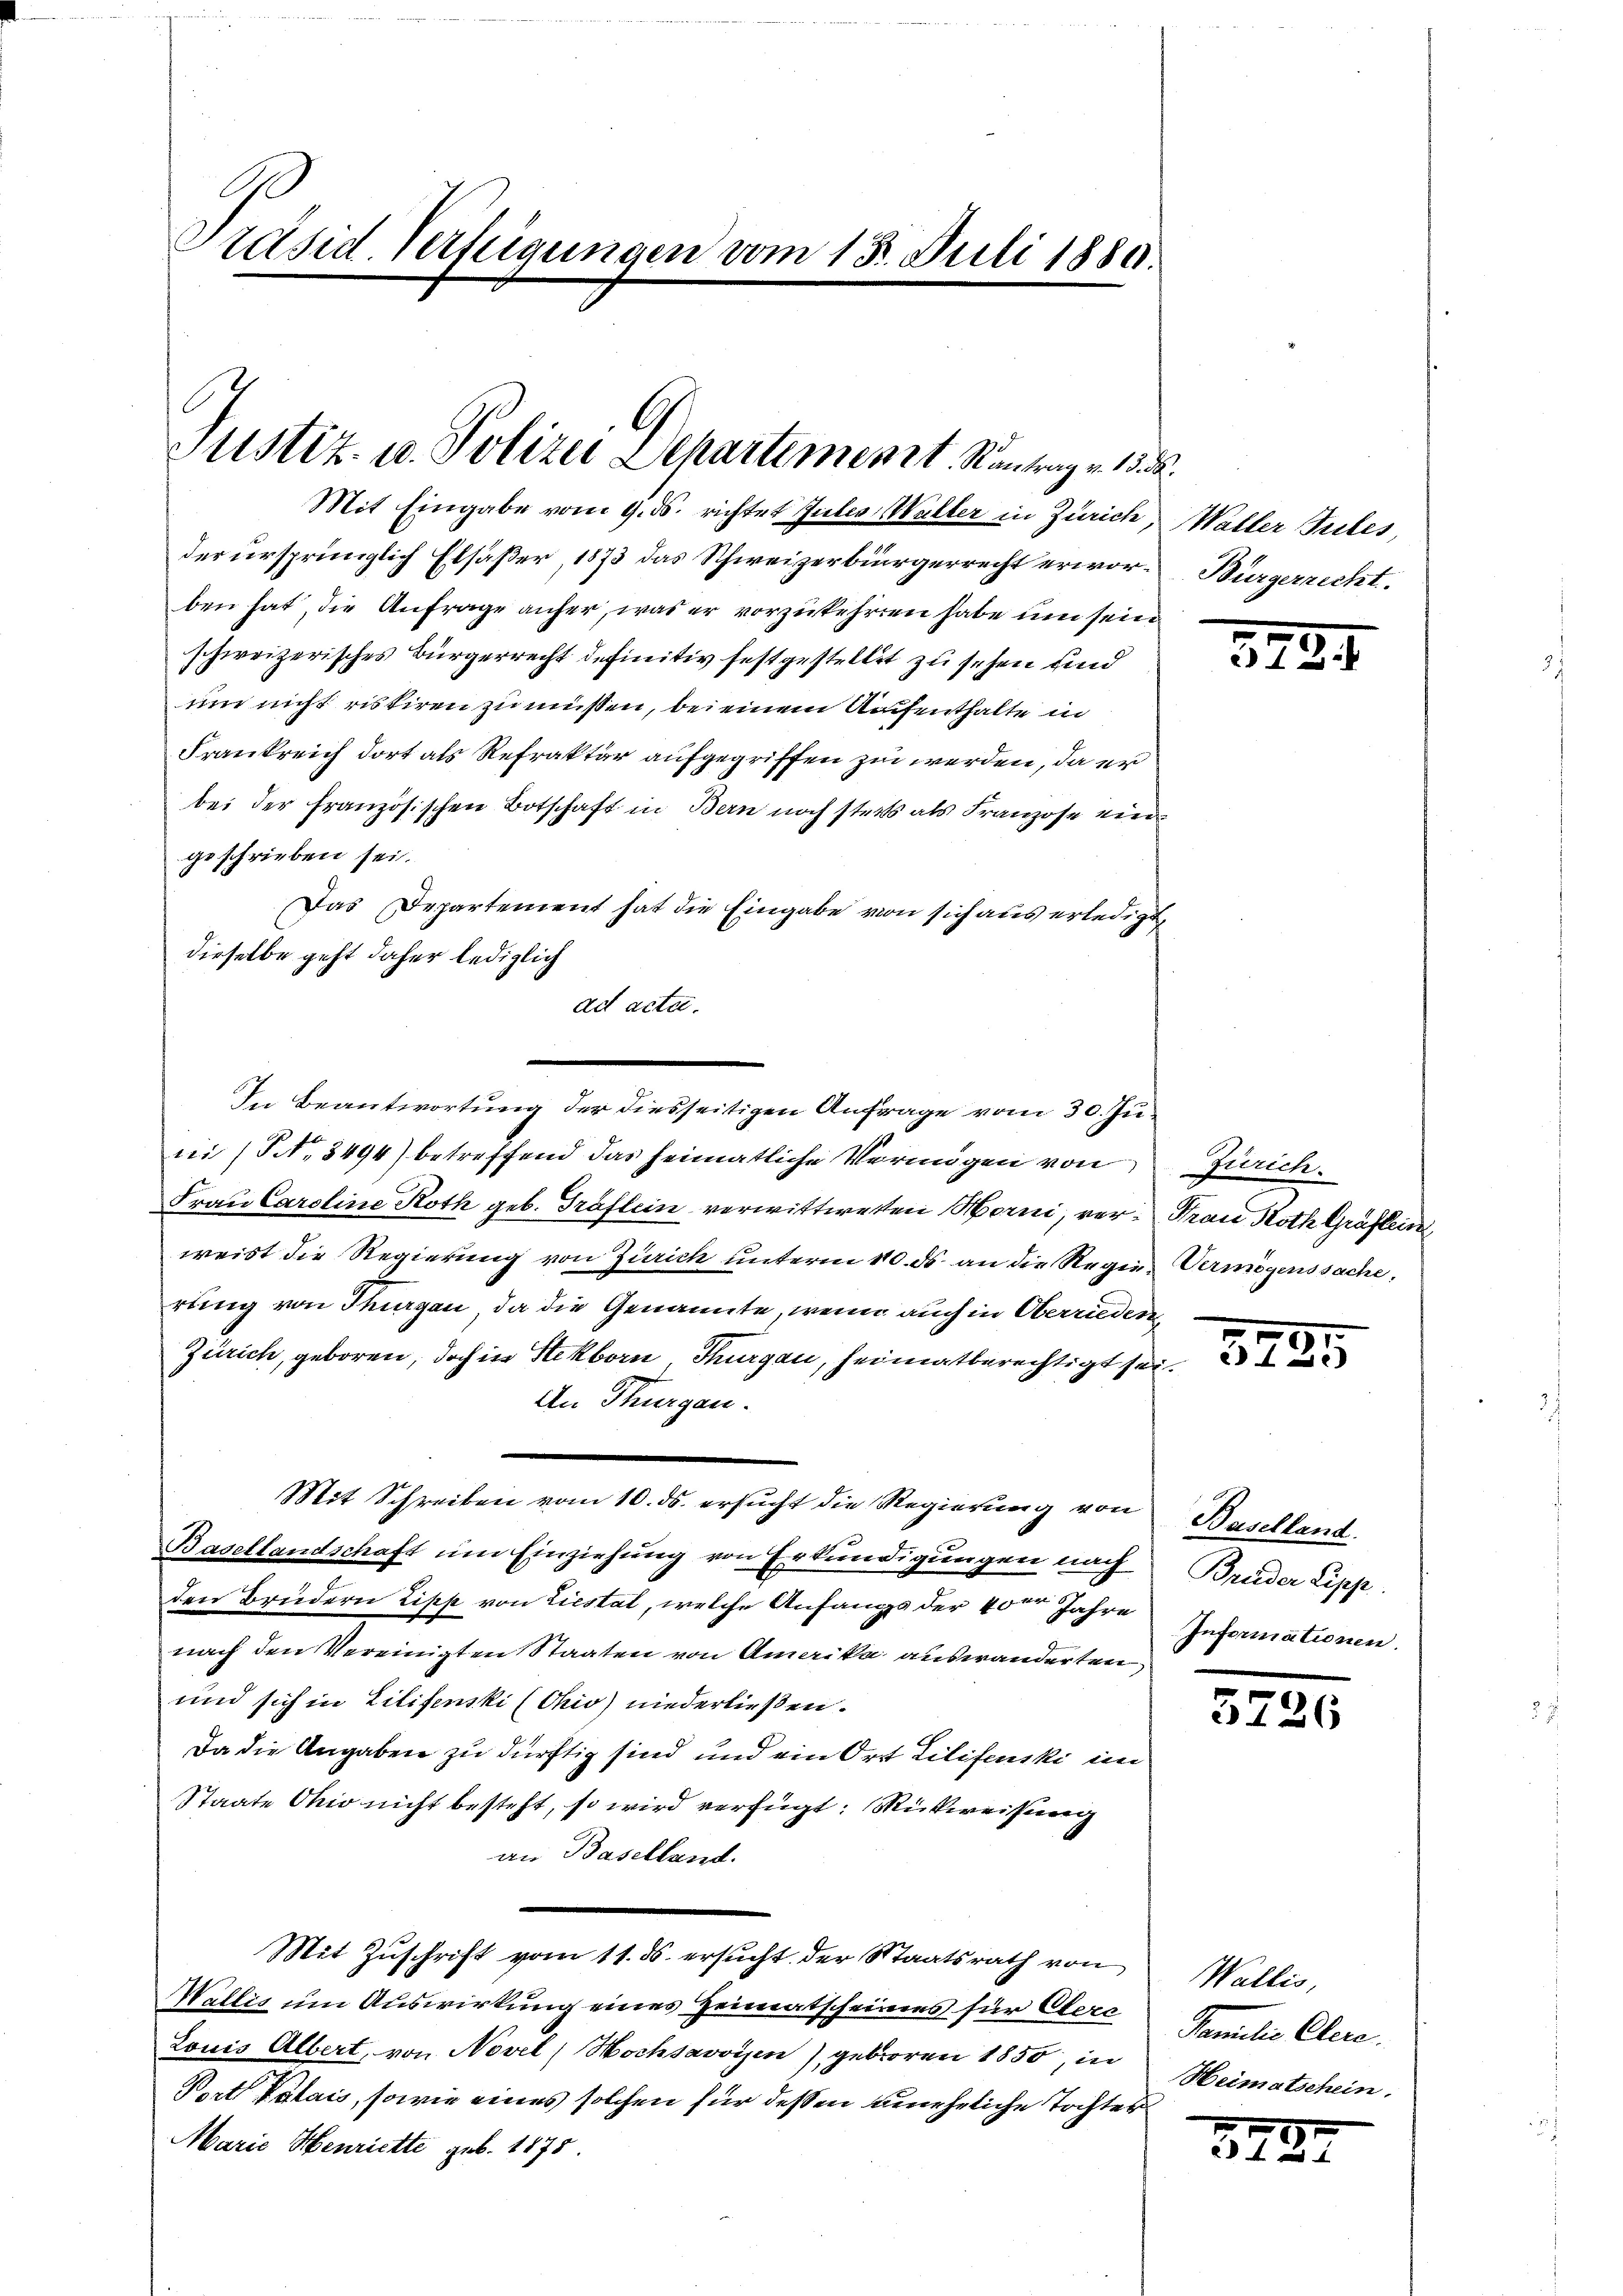
E
Präsid Verfeigungen vom 13. Juli 1889.

G
Justiz- u. Polizei Departiment. Kantrag v. 13. d.

Mit Eingabe vom 9. ds. richtet Julio, Walter in Zürich,
der ursprünglich Elsäßer, 1873 das Schweizerbürgerrecht erworben hat, die Anfrage anfer, was er vorzukehrten habe um sein
schweizerisches Bürgerrecht definitiv festgestellet zu sehen und
um nicht riskiren zu müssen, bei einem Aufenthalte in
Frankreich dort als Refrakter aufgegriffen zu werden, da er
bei der französischen Botschaft in Bern noch stets als Franzose ein
geschrieben sei.
Das Departement hat die Eingabe von sich aus erledigt,
dieselbe geht daher lediglich
ad acta.
ni (S. 3494) betreffend das heimatliche Vermögen von
Frau Caroline Roth geb. Gräflein verwittweten Worni, ver-Frau Roth Gräflein
weist die Regierung von Zürich unterm 10. ds. an die Regierung von Thurgau, da die Genannte, wenn auch in Oberrieden
Zürich, geboren, doch in Steckborn Thurgau, heimatberechtigt sei
An Thurgau.
Mit Schreiben vom 10. ds. ersŭcht die Regierŭng von Baselland
Basellandschaft ŭm Einziehung von Erkundigungen nach Brüder Lipp
den Brüdern Lipp von Liestal, welche Anfangs der 40er Jahre Informationen.
nach den Vereinigten Staaten von Amerika auswanderten,
und sich in Lilifenski (Chio) niederließen.
Da die Angaben zu dürftig sind und ein Ort Lilifenski im
Staate Ohio nicht besteht, so wird verfügt: Rückweisung
an Baselland.
Mit Zŭschrift vom 11. ds. ersŭcht der Staatsrath von Wallis,
Wallis um Auswirkung eines Heimatscheines für Clerc
Louis Albert, von Novel, Hochsavoysen) geboren 1850, in
Pert Valais, sowie eines solchen für dessen unehrliche Tochter
Marie Henriette geb. 1875.

In Beantwortung der diesseitigen Anfrage vom 30. Ju¬

h
Walter Siles,
Bürgerrecht.

Zürich.
Vermögenssache,

3724

3235

5726

Familie Clere
Heimatschein.

378